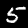
Label: 5